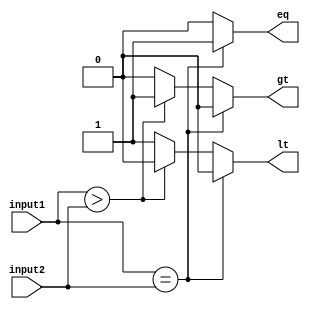
module Comparator(
    input [7:0] input1,
    input [7:0] input2,
    output reg eq,       // output is equal
    output reg gt,       // output is greater than
    output reg lt        // output is less than
);

always @(*) begin
    if (input1 == input2) begin
        eq = 1;
        gt = 0;
        lt = 0;
    end else if (input1 > input2) begin
        eq = 0;
        gt = 1;
        lt = 0;
    end else begin
        eq = 0;
        gt = 0;
        lt = 1;
    end
end

endmodule